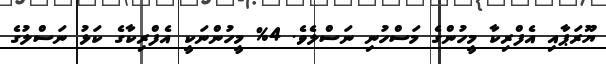
ޔޫރަޕާއި އެފްރިކާ މީހުންގެ މަސްހުނި ނަސްލެވެ. 4% މީހުންނަކީ އެފްރިކާގެ ކަޅު ނަސްލުގެ